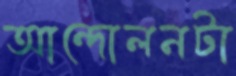
আন্দোলনটা